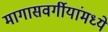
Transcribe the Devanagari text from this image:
मागासवर्गीयांमध्ये